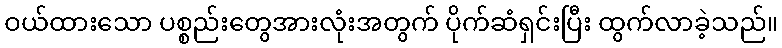
ဝယ်ထားသော ပစ္စည်းတွေအားလုံးအတွက် ပိုက်ဆံရှင်းပြီး ထွက်လာခဲ့သည်။